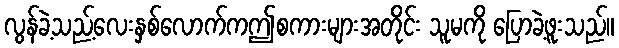
လွန်ခဲ့သည့်လေးနှစ်လောက်ကဤစကားများအတိုင်း သူမကို ပြောခဲ့ဖူးသည်။